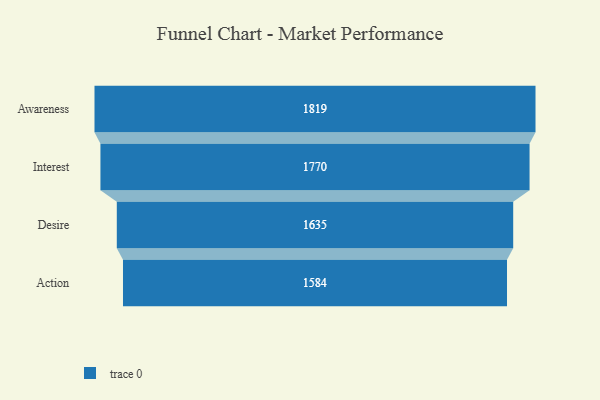
{"axis": {"x": "Stage", "y": "Value"}, "legend": [""], "data": [{"x": "Awareness", "y": 1819.0, "type": ""}, {"x": "Interest", "y": 1770.0, "type": ""}, {"x": "Desire", "y": 1635.0, "type": ""}, {"x": "Action", "y": 1584.0, "type": ""}]}